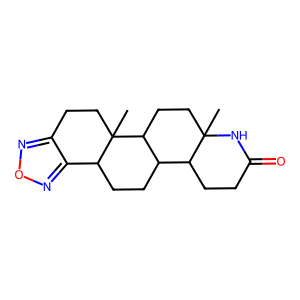
SMILES: CC12CCC3C(CCC4c5nonc5CCC43C)C1CCC(=O)N2
Inhibits HIV replication: No